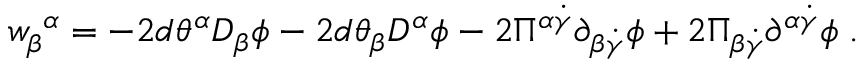
{ w } _ { \beta } ^ { ~ \alpha } = - 2 d \theta ^ { \alpha } D _ { \beta } \phi - 2 d \theta _ { \beta } D ^ { \alpha } \phi - 2 \Pi ^ { \alpha \dot { \gamma } } \partial _ { \beta \dot { \gamma } } \phi + 2 \Pi _ { \beta \dot { \gamma } } \partial ^ { \alpha \dot { \gamma } } \phi \; .